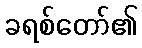
ခရစ်တော်၏